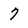
Character: 7